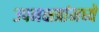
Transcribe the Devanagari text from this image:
उपनक्षत्रांमध्ये